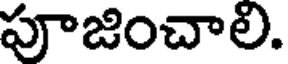
పూజించాలి.